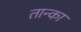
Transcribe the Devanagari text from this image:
तान्का